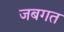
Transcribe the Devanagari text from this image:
जबगत